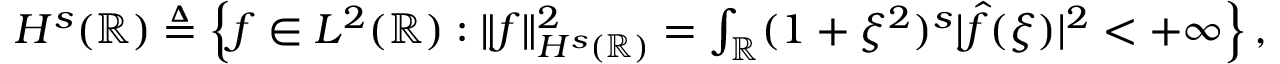
\begin{array} { r } { H ^ { s } ( \mathbb R ) \triangleq \left\{ f \in L ^ { 2 } ( \mathbb R ) : \| f \| _ { H ^ { s } ( \mathbb R ) } ^ { 2 } = \int _ { \mathbb R } ( 1 + \xi ^ { 2 } ) ^ { s } | \widehat { f } ( \xi ) | ^ { 2 } < + \infty \right\} , } \end{array}